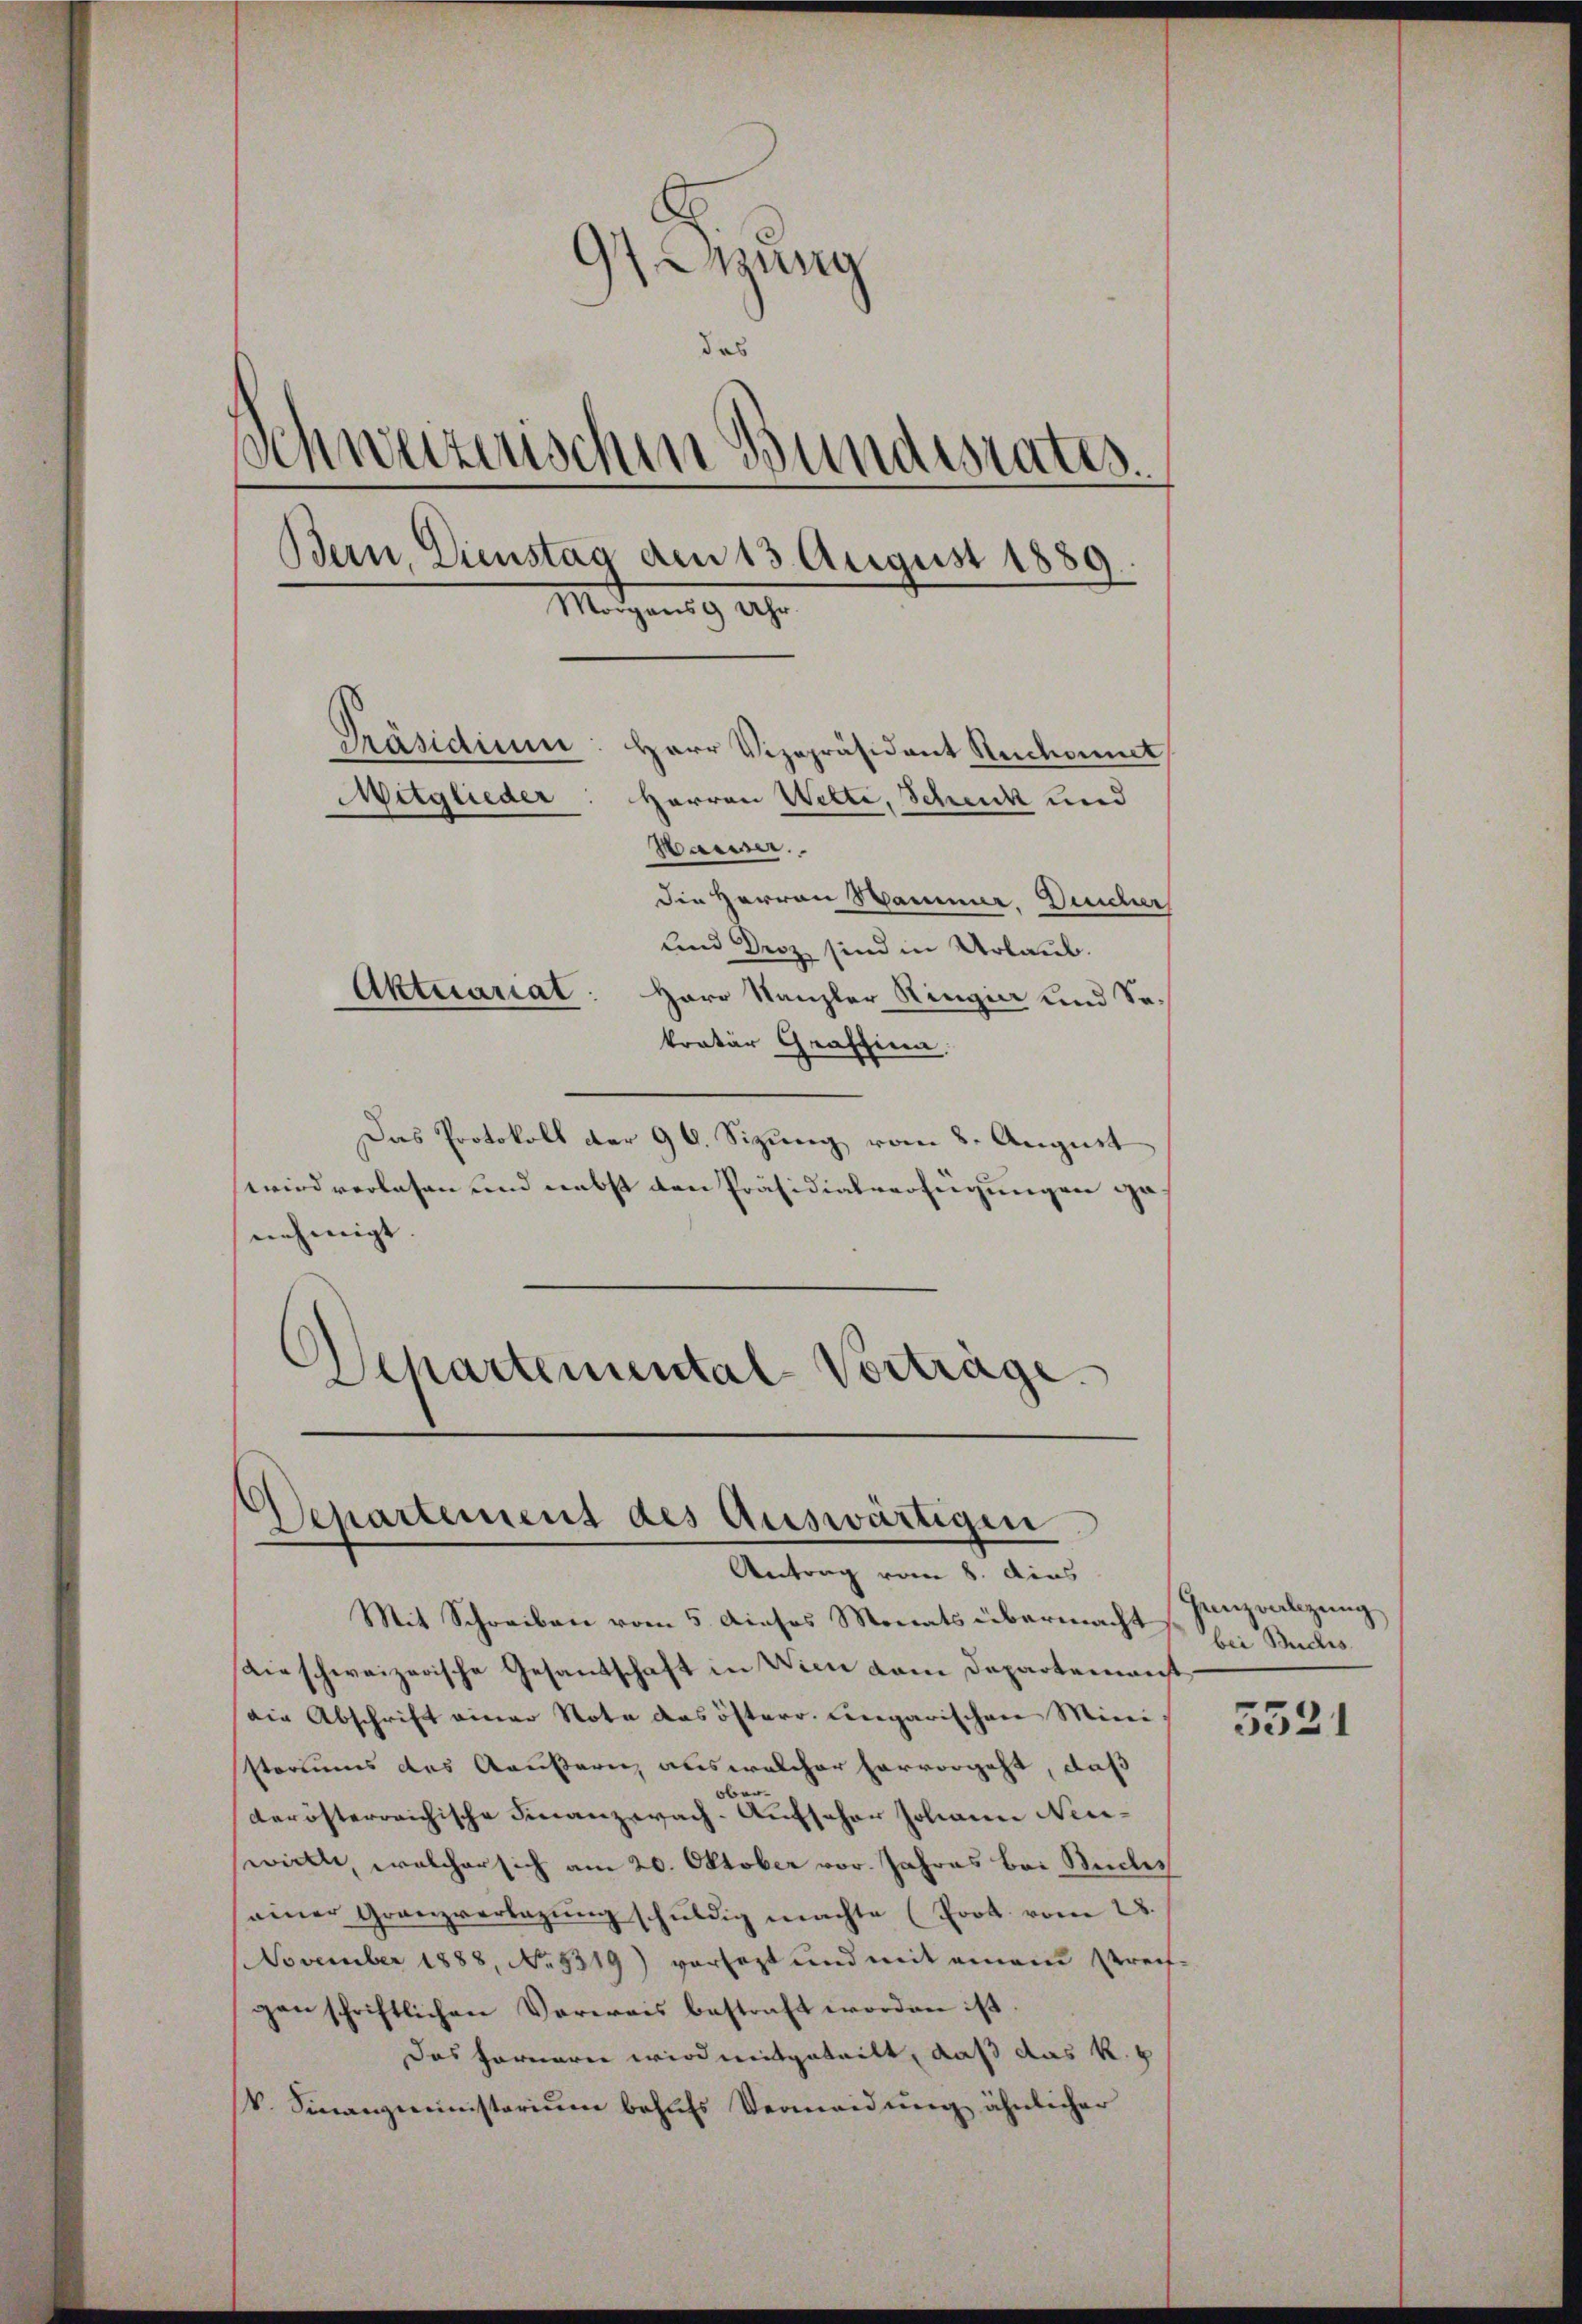
)
 drung
das
Schweizerischen Bundesrates.
Bern, Dienstag den 13 August 1889.
Mützen 9. 29.
Präsidium: Herr Vizepräsident Rechannt
Mitglieder
Herren Welti, Schuck und
Waren.
Die Herren Sammer. Decher
und Droz. sind in Urlaub.
Aktuariat
Herr Kanzler Ringia und Sokratur Graffina.

Das Protokoll der 96. Sizung vom 8. August
wird vorlesen und nebst den Präsidialverfügungen genehmigt.
Schartemental Vorträge.

Departement des Auswärtigen
Antrag vom 8. Aus

Mit Schreiben vom 5. dieses Monats übermacht
Dieschweizerische Gesandschaft in Wien vom Departemenst
die Abschrift einer Nota das österr. Eingarischen Mini
storiums des Aeußern aus welcher hervorgeht, daß
Oberderösterreichische Finanzwach-Aufscher Johann Neu-
wielle, welcher sich am 20. Oktober vor. Jahres bei Stuches
einer Granzverlegŭng schŭldig machte (Prot. vom 28.
November 1888, No. 5319) versezt und mit einem Streifgen schriftlichen Verwais bestraft worden ist.
Das Ferneren wird mitgeteilt, daß das k. k
V. Finanzministerium behufs Vermeidung ähnlicher

Hanwälzung
bei Buchs.

5521